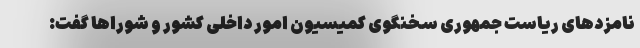
نامزدهای ریاست جمهوری سخنگوی کمیسیون امور داخلی کشور و شوراها گفت: